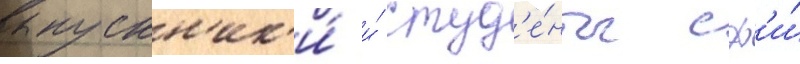
выпускн'ик'и́ и́ студ'е́нты сф'и́